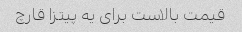
قیمت بالاست برای یه پیتزا قارچ